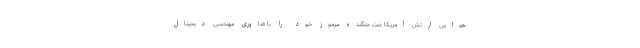
هوایی ارتش آمریکا جت جنگنده مرموز خود را با فناوری مهندسی دیجیتال